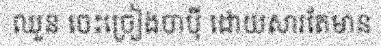
ឈួន ចេះច្រៀងចាប៉ី ដោយសារតែមាន